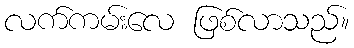
လက်ကမ်းလေ ဖြစ်လာသည်။